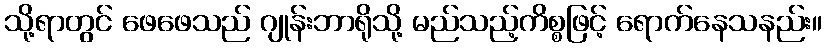
သို့ရာတွင် ဖေဖေသည် ဂျုန်းဘာရိုသို့ မည်သည့်ကိစ္စဖြင့် ရောက်နေသနည်း။